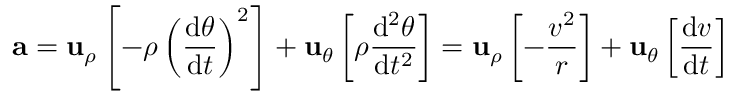
\mathbf { a } = \mathbf { u } _ { \rho } \left[ - \rho \left( { \frac { \mathrm { d } \theta } { \mathrm { d } t } } \right) ^ { 2 } \right] + \mathbf { u } _ { \theta } \left[ \rho { \frac { \mathrm { d } ^ { 2 } \theta } { \mathrm { d } t ^ { 2 } } } \right] = \mathbf { u } _ { \rho } \left[ - { \frac { v ^ { 2 } } { r } } \right] + \mathbf { u } _ { \theta } \left[ { \frac { \mathrm { d } v } { \mathrm { d } t } } \right]